Indian journal of veterinary science and animal husbandry - Volume 11,
Year: 1941
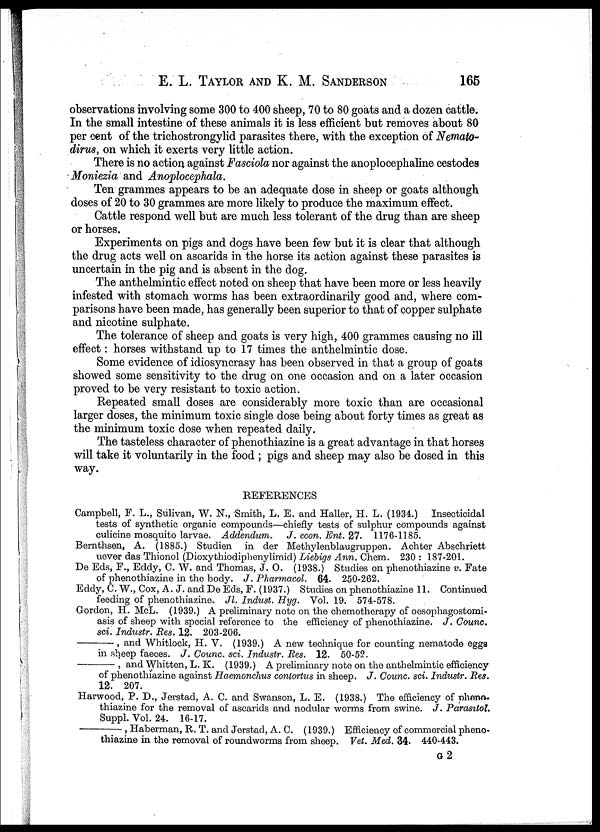
E. L. TAYLOR AND K. M.
SANDERSON
166
observations involving some 300 to 400 sheep, 70 to 80 goats and a dozen cattle.
In the small intestine of these animals it is less efficient but removes about 80
per cent of the trichostrongylid parasites there, with the exception of Nemato-
dirus, on which it exerts very little action.
There is no action against Fasciola nor against the anoplocephaline cestodes
Moniezia and Anoplocephala.
Ten grammes appears to be an adequate dose in sheep or goats although
doses of 20 to 30 grammes are more likely to produce the maximum effect.
Cattle respond well but are much less tolerant of the drug than are sheep
or horses.
Experiments on pigs and dogs have been few but it is clear that although
the drug acts well on ascarids in the horse its action against these parasites is
uncertain in the pig and is absent in the dog.
The anthelmintic effect noted on sheep that have been more or less heavily
infested with stomach worms has been extraordinarily good and, where com-
parisons have been made, has generally been superior to that of copper sulphate
and nicotine sulphate.
The tolerance of sheep and goats is very high, 400 grammes causing no ill
effect : horses withstand up to 17 times the anthelmintic dose.
Some evidence of idiosyncrasy has been observed in that a group of goats
showed some sensitivity to the drug on one occasion and on a later occasion
proved to be very resistant to toxic action.
Repeated small doses are considerably more toxic than are occasional
larger doses, the minimum toxic single dose being about forty times as great as
the minimum toxic dose when repeated daily.
The tasteless character of phenothiazine is a great advantage in that horses
will take it voluntarily in the food ; pigs and sheep may also be dosed in this
way.
REFERENCES
Campbell, F. L., Sulivan, W. N., Smith, L. E. and Haller, H. L. (1934.)
Insecticidal
tests of synthetic organic compounds—chiefly tests of sulphur compounds against
culicine mosquito larvae. Addendum.
J. econ. Ent. 27. 1176-1185.
Bernthsen, A. (1885.) Studien in der Methylenblaugruppen. Achter Abschriett
uever das Thionol (Dioxythiodiphenylimid) Liebigs Ann. Chem. 230 : 187-201.
De Eds, F., Eddy, C. W. and Thomas, J. O. (1938.) Studies on phenothiazine v. Fate
of phenothiazine in the body. J. Pharmacol. 64. 250-262.
Eddy, C. W., Cox, A. J. and De Eds, F. (1937.) Studies on phenothiazine 11. Continued
feeding of phenothiazine. Jl. Indust. Hyg. Vol. 19. 574-578.
Gordon, H. McL. (1939.) A preliminary note on the chemotherapy of oesophagostomi-
asis of sheep with special reference to the efficiency of phenothiazine. J. Counc.
sci. Industr. Res. 12. 203-206.
—,
and Whitlock, H. V. (1939.) A new technique for counting nematode eggs
in sheep faeces. J. Counc. sci. Industr. Res. 12. 50-52.
—,
and Whitten, L. K. (1939.) A preliminary note on the anthelmintic efficiency
of phenothiazine against Haemonchus contortus in sheep. J. Counc. sci. Industr. Res.
12. 207.
Harwood, P. D., Jerstad, A. C. and Swanson, L. E. (1938.) The efficiency of pheno¬
thiazine for the removal of ascarids and nodular worms from swine. J. Parasitol.
Suppl. Vol. 24. 16-17.
—,
Haberman, R. T. and Jerstad, A. C. (1939.) Efficiency of commercial pheno-
thiazine in the removal of roundworms from sheep. Vet. Med. 34. 440-443.
G 2